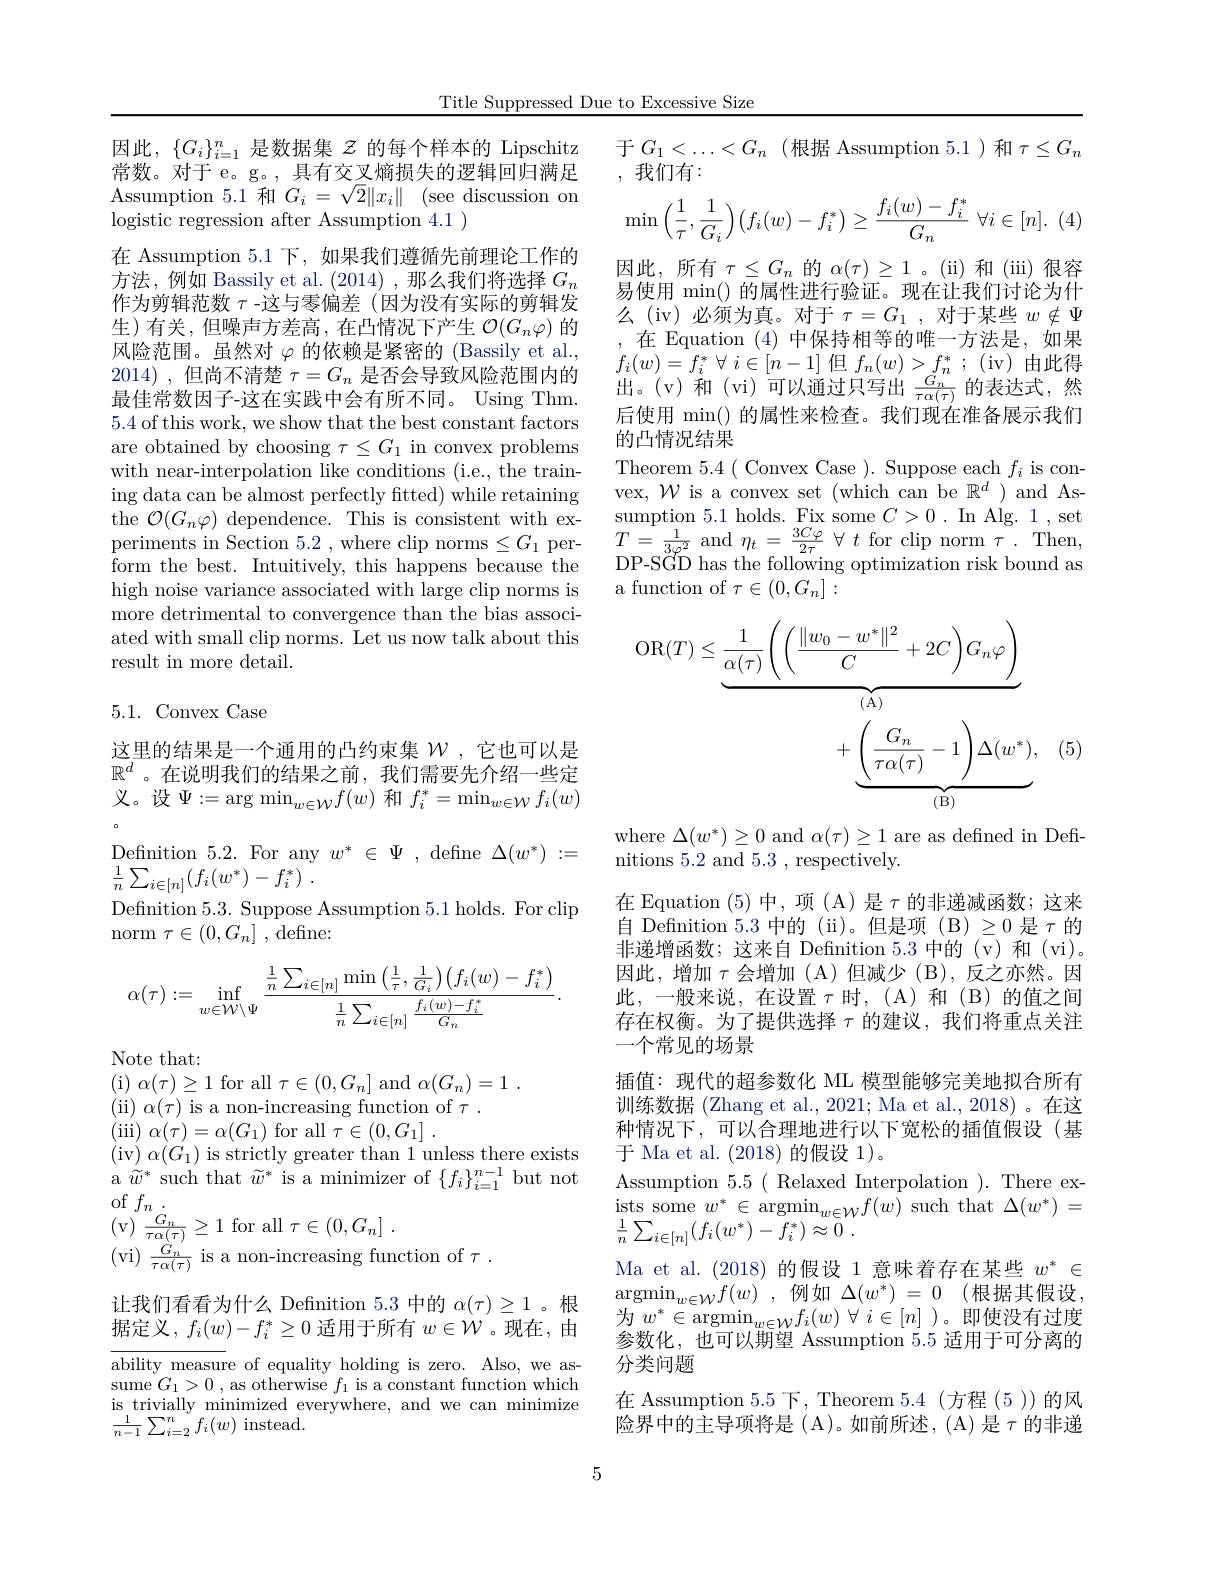
Title Suppressed Due to Excessive Size

因此$,\{G_i\}_{i=1}^n$是数据集$\mathcal{Z}$的每个样本的 Lipschitz 常数。对于 e。g。, 具有交叉熵损失的逻辑回归满足Assumption 5.1 和$G_i= \sqrt {2}\| x_i\|$ (see discussion on logistic regression after Assumption 4.1 )
在 Assumption 5.1 下，如果我们遵循先前理论工作的方法，例如 Bassily et al.(2014),那么我们将选择$G_n$ 作为剪辑范数$\tau$ -这与零偏差(因为没有实际的剪辑发生)有关，但噪声方差高，在凸情况下产生$\mathcal{O}(G_n\varphi)$的风险范围。虽然对$\varphi$的依赖是紧密的 (Bassily et al., 2014) ,但尚不清楚$\tau=G_n$是否会导致风险范围内的最佳常数因子-这在实践中会有所不同。Using Thm. 5.4 of this work, we show that the best constant factors are obtained by choosing $\tau\leq G_1$ in convex problems with near-interpolation like conditions (i.e., the training data can be almost perfectly fitted) while retaining the $\mathcal{O}(G_n\varphi)$ dependence. This is consistent with experiments in Section 5.2 , where clip norms$\leq G_1$ perform the best. Intuitively, this happens because the high noise variance associated with large clip norms is more detrimental to convergence than the bias associated with small clip norms. Let us now talk about this result in more detail.

## 5.1. Convex Case

这里的结果是一个通用的凸约束集$\mathcal{W}$ ,它也可以是$\mathbb{R}^d$ 。在说明我们的结果之前，我们需要先介绍一些定义。设$\Psi:=\arg\min_w\in\mathcal{W}f(w)$ 和 $f_i^*=\operatorname*{min}_{w\in\mathcal{W}}f_i(w)$ $\begin{array}{ccc}{\mathrm{Definition~5.2.~For~any~w^*~\in~\Psi~,~define~}\Delta(w^*)~:=}\\{\mathrm{Definition~5.2.~For~any~w^*~\in~\Psi~,~define~}\Delta(w^*)~:=}\end{array}$ $\frac 1n\sum _{i\in [ n] }( f_{i}( w^{* }) - f_{i}^{* })$ .
Defnition 5.3. Suppose Assumption 5.1 holds. For clip
norm $\tau\in(0,G_n]$ , define:
$$\alpha(\tau):=\inf_{w\in\mathcal{W}\setminus\Psi}\frac{\frac{1}{n}\sum_{i\in[n]}\operatorname*{min}\left(\frac{1}{\tau},\frac{1}{G_i}\right)\left(f_i(w)-f_i^*\right)}{\frac{1}{n}\sum_{i\in[n]}\frac{f_i(w)-f_i^*}{G_n}}.$$
Note that:
(i)$\alpha(\tau)\geq1$for all$\tau\in(0,G_n]$and$\alpha(G_n)=1.$

(ii) $\alpha(\tau)$ is a non-increasing function of $\tau.$
$( \operatorname* { iii} )$ $\alpha ( \tau ) = \alpha ( G_{1})$ for all $\tau \in ( 0, G_{1}]$ .
( iv) $\alpha$( $G_{1}$) is strictly greater than 1 unless there exists a $\widetilde w^*$ such that $\widetilde w^*$ is a minimizer of $\{f_i\}_i=1^{n-1}$ but not of$f_n_{\dot{C}}.$
(v) $\frac {G_n}{\tau \alpha ( \tau ) }\geq 1$for all$\tau \in ( 0, G_n]$ .
( vi) $\frac {\grave{G} _{n}^{\prime }}{\tau \alpha ( \tau ) }$ is a non- increasing function of $\tau$ .
让我们看看为什么 Definition 5.3 中的$\alpha(\tau)\geq1$ 。根据定义，$f_i(w)-f_i^*\geq0$适用于所有$w\in\mathcal{W}$ 。现在，由$\overline{\text{ability measur}}$e of equality holding is zero. Also, we assume $G_1>0$ , as otherwise $f_1$ is a constant function which is trivially minimized everywhere, and we can minimize $\frac{1}{n-1}\sum_{i=2}^{n}f_{i}(w)$ instead.
$$\min\left(\dfrac{1}{\tau},\dfrac{1}{G_i}\right)\bigl(f_i(w)-f_i^*\bigr)\geq\dfrac{f_i(w)-f_i^*}{G_n}\:\forall i\in[n].$$
于$G_1<\ldots<G_n$(根据 Assumption 5.1)和 $\tau\leq G_n$
,我们有：
因此，所有$\tau\leq G_n$ 的 $\alpha(\tau)\geq1$ 。(ii)和(iii)很容易使用 min() 的属性进行验证。现在让我们讨论为什么 (iv)必须为真。对于$\tau=G_1$,对于某些$w\notin\Psi$ ,在 Equation (4)中保持相等的唯一方法是，如果$f_{i}( w) = f_{i}^{* }$ $\forall$ $i\in [ n- 1]$但$f_n( w) > f_{n}^{* }$ ; (iv)由此得出。(v)和(vi)可以通过只写出$\frac{\tilde{G}_{n}}{\tau\alpha(\tau)}$的表达式，然后使用 min() 的属性来检查。我们现在准备展示我们的凸情况结果
Theorem 5.4( Convex Case ). Suppose each $f_i$ is convex, $\mathcal{W}$ is a convex set (which can be $\mathbb{R}^d$ ) and Assumption 5.1 holds. Fix some $C>0.$ In Alg. 1,set $T=\frac{1}{3\varphi^{2}}$and$\eta_{t}=\frac{3C\varphi}{2\tau}\forall t$for clip norm$\tau.$Then, DP-SGD has the following optimization risk bound as a function of $\tau\in(0,G_n]:$
$$\begin{aligned}\mathrm{OR}(T)\leq\underbrace{\frac{1}{\alpha(\tau)}\left(\left(\frac{\|w_{0}-w^{*}\|^{2}}{C}+2C\right)G_{n}\varphi\right)}_{\mathrm{(A)}}\\+\underbrace{\left(\frac{G_{n}}{\tau\alpha(\tau)}-1\right)\Delta(w^{*})}_{\mathrm{(B)}},\end{aligned}$$
(5)

where $\Delta(w^{*})\geq0$ and $\alpha(\tau)\geq1$ are as defined in Defi-
nitions 5.2 and 5.3, respectively.
在 Equation (5)中，项 (A)是$\tau$的非递减函数；这来自 Definition 5.3 中的 (ii)。但是项 (B) $\geq0$ 是$\tau$ 的非递增函数；这来自 Definition 5.3 中的(v)和(vi)。因此，增加$\tau$会增加(A)但减少(B),反之亦然。因此，一般来说，在设置$\tau$时，(A)和(B)的值之间存在权衡。为了提供选择$\tau$的建议，我们将重点关注一个常见的场景
插值：现代的超参数化 ML 模型能够完美地拟合所有训练数据 (Zhang et al., 2021; Ma et al., 2018)。在这种情况下，可以合理地进行以下宽松的插值假设(基于 Ma et al. (2018)的假设 1)。
Assumption 5.5( Relaxed Interpolation ). There ex- $\begin{array}{l}{\mathrm{ists~some~}w^{*}\in\mathrm{argmin}}_{w\in\mathcal{W}}f(w)\mathrm{~such~that~}\Delta(w^{*})=\\\end{array}$ $\frac 1n\sum _{i\in [ n] }( f_{i}( w^{* }) - f_{i}^{* }) \approx 0$ .
Ma et al.(2018)的假设 1 意味着存在某些$w^*\in$ $\operatorname* { argmin} _{w\in \mathcal{W} }f( w)$ ,例如$\Delta ( w^* )$ = 0 (根据其假设， 为$w^{* }\in \operatorname* { argmin} _{w\in \mathcal{W} }f_{i}( w)$ $\forall$ $i\in [ n]$ )。即使没有过度参数化，也可以期望 Assumption 5.5 适用于可分离的分类问题
在 Assumption 5.5下，Theorem 5.4(方程(5))的风险界中的主导项将是(A)。如前所述，(A)是$\tau$的非递

5